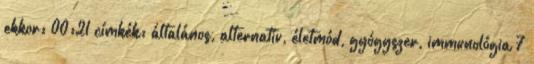
ekkor: 00:21 címkék: általános, alternatív, életmód, gyógyszer, immunológia 7